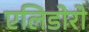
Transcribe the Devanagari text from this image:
एलिडोरो